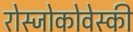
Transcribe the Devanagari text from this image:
रोस्‍जोकोवेस्‍की